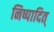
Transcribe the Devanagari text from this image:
निष्पादित्